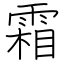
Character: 霜